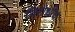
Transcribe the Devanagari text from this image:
विरोधीच